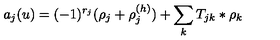
a _ { j } ( u ) = ( - 1 ) ^ { r _ { j } } ( \rho _ { j } + \rho _ { j } ^ { ( h ) } ) + \sum _ { k } T _ { j k } \ast \rho _ { k }